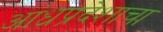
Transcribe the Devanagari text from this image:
आंध्रप्रदेशाचा